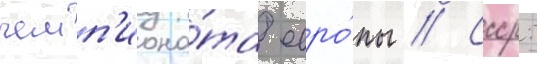
чемп'иона́та евро́пы // Ссср: